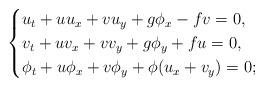
LaTeX: \begin{align*}\begin{cases}u_t+uu_x + vu_y + g\phi_x -fv= 0, \\v_t+uv_x + vv_y + g\phi_y + fu= 0, \\\phi_t+u\phi_x + v\phi_y + \phi(u_x+v_y) = 0;\end{cases}\end{align*}